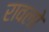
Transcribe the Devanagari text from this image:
रावलो